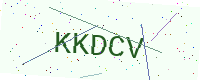
Text: KKDCV